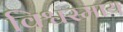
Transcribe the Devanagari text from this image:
विश्वस्माय